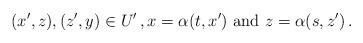
LaTeX: \begin{align*}(x',z), (z',y) \in U' \,, x =\alpha(t,x') \mbox{ and } z= \alpha(s,z') \,.\end{align*}